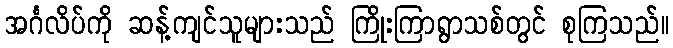
အင်္ဂလိပ်ကို ဆန့်ကျင်သူများသည် ကြိုးကြာရွာသစ်တွင် စုကြသည်။